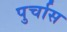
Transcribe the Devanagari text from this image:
पुर्चास